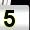
Digit: 5